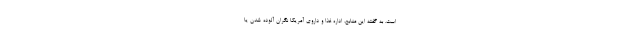
است. به گفته این منابع، اداره غذا و داروی آمریکا نگران آلوده شدن یا